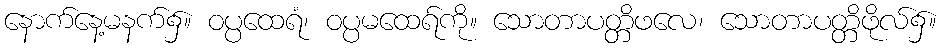
နောက်နေ့မနက်၌။ ဝပ္ပထေရံ၊ ဝပ္ပမထေရ်ကို။ သောတာပတ္တိဖလေ၊ သောတာပတ္တိဖိုလ်၌။